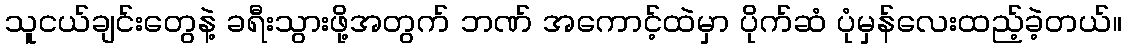
သူငယ်ချင်းတွေနဲ့ ခရီးသွားဖို့အတွက် ဘဏ် အကောင့်ထဲမှာ ပိုက်ဆံ ပုံမှန်လေးထည့်ခဲ့တယ်။